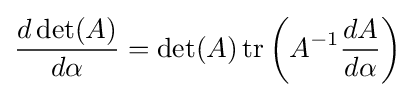
{\frac {d\det(A)}{d\alpha }}=\det(A)\operatorname {tr} \left(A^{-1}{\frac {dA}{d\alpha }}\right)